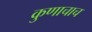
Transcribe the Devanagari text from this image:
कुणाचाच